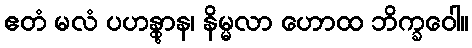
ဧတံ မလံ ပဟန္တွာန၊ နိမ္မလာ ဟောထ ဘိက္ခဝေါ။